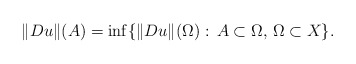
\begin{align*}\|Du\|(A)=\inf\{\|Du\|(\Omega):\, A\subset\Omega,\,\Omega\subset X\}.\end{align*}